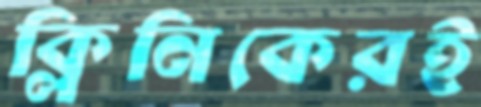
ক্লিনিকেরই